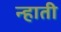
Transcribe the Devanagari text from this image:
न्हाती